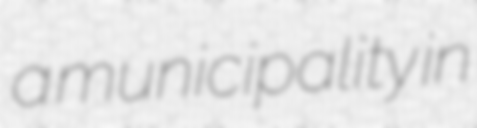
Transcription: a municipality in